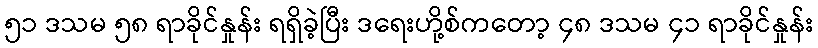
၅၁ ဒသမ ၅၈ ရာခိုင်နှုန်း ရရှိခဲ့ပြီး ဒရေးဟို့စ်ကတော့ ၄၈ ဒသမ ၄၁ ရာခိုင်နှုန်း